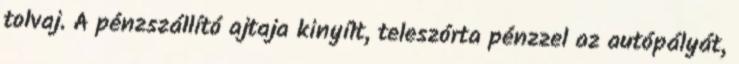
tolvaj. A pénzszállító ajtaja kinyílt, teleszórta pénzzel az autópályát,